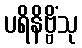
ပရိနိဗ္ဗိံသု